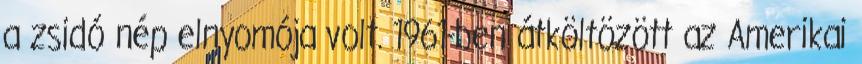
a zsidó nép elnyomója volt. 1961-ben átköltözött az Amerikai